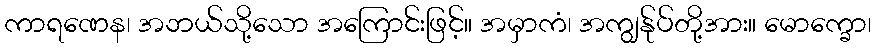
ကာရဏေန၊ အဘယ်သို့သော အကြောင်းဖြင့်။ အမှာကံ၊ အကျွန်ုပ်တို့အား။ မောက္ခော၊